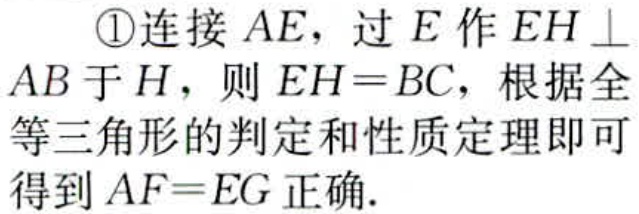
\textcircled{1}连接 \(AE\)，过 \(E\) 作 \(EH\perp AB\) 于 \(H\)，则 \(EH = BC\)，根据全等三角形的判定和性质定理即可得到 \(AF = EG\) 正确.